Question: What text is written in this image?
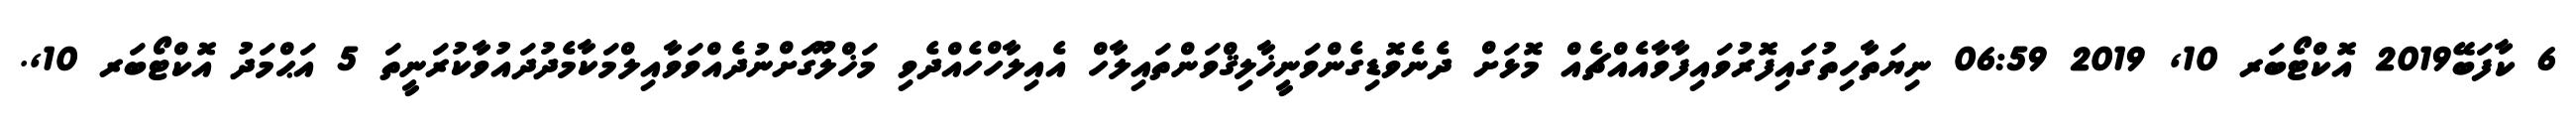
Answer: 6 ކާފަބޭ2019 އޮކްޓޯބަރ 10, 2019 06:59 ނިޔަތާހިތުގައިފޮރުވައިފާވާއެއްޗެއް މޮޅަށް ދެނެވޮޑިގެންވަނީޚާލިޤްވަންތައިލާހް އެއިލާހްހެއްދެވި މަޚްލޫގަށްނުދެއްވަވާއިލްމަކާމެދުދައުވާކުރަނީތަ 5 އަޙްމަދު އޮކްޓޯބަރ 10,.